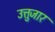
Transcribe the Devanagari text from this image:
उत्तुजार